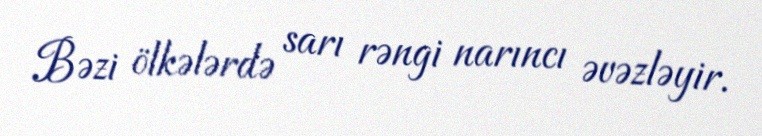
Bəzi ölkələrdə sarı rəngi narıncı əvəzləyir.